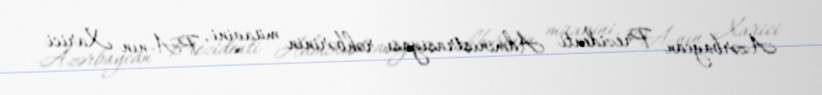
Azərbaycan Prezidenti Administrasiyası rəhbərinin müavini, PA-nın Xarici